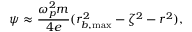
\psi \approx \frac { \omega _ { p } ^ { 2 } m } { 4 e } ( r _ { b , \mathrm { m a x } } ^ { 2 } - \zeta ^ { 2 } - r ^ { 2 } ) ,